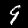
Label: 9